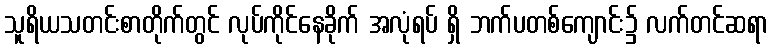
သူရိယသတင်းစာတိုက်တွင် လုပ်ကိုင်နေခိုက် အလုံရပ် ရှိ ဘက်ပတစ်ကျောင်း၌ လက်တင်ဆရာ